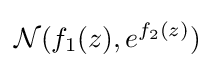
{\mathcal {N}}(f_{1}(z),e^{f_{2}(z)})